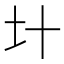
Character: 𡈿